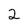
Character: 2